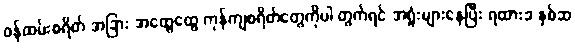
၀န်ထမ်းစရိတ် အခြား အထွေထွေ ကုန်ကျစရိတ်တွေကိုပါ တွက်ရင် အရှုံးများနေပြီး ရထားခ နှစ်ဆ